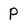
Character: P